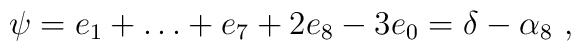
\psi=e_1 + \dots + e_7 + 2 e_8 - 3 e_0 = \delta-\alpha_8 \ ,